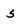
Character: 5